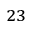
^ { 2 3 }